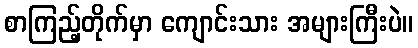
စာကြည့်တိုက်မှာ ကျောင်းသား အများကြီးပဲ။